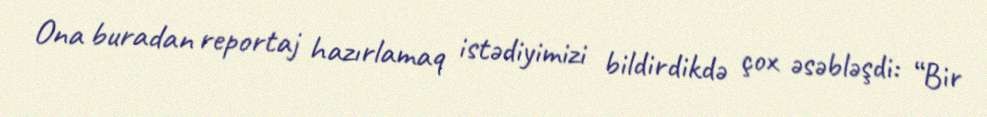
Ona buradan reportaj hazırlamaq istədiyimizi bildirdikdə çox əsəbləşdi: “Bir